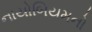
નાયોબિયમનો